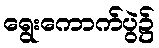
ရွေးကောက်ပွဲ၌